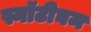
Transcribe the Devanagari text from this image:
स्नॉटीघम